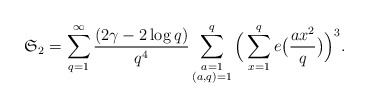
\begin{align*}\mathfrak{S}_2=\sum_{q=1}^\infty\frac{(2\gamma-2\log q)}{q^4}\sum_{\substack{a=1\\ (a,q)=1}}^q\Big(\sum_{x=1}^qe\big(\frac{ax^2}{q}\big)\Big)^3.\end{align*}